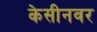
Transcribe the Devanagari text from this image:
केसीनवर